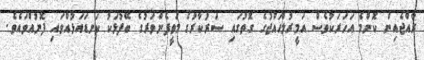
ރާއްޖެއިން ކޮންމެ އަހަރަކުވެސް އަމީރުލްޙައްޖުގެ ގޮތުގައި ސަރުކާރުގެ މަތީފެންވަރުގެ ބޭފުޅަކު ކަނޑައަޅުއްވައި ފޮނުއްވައެވެ.